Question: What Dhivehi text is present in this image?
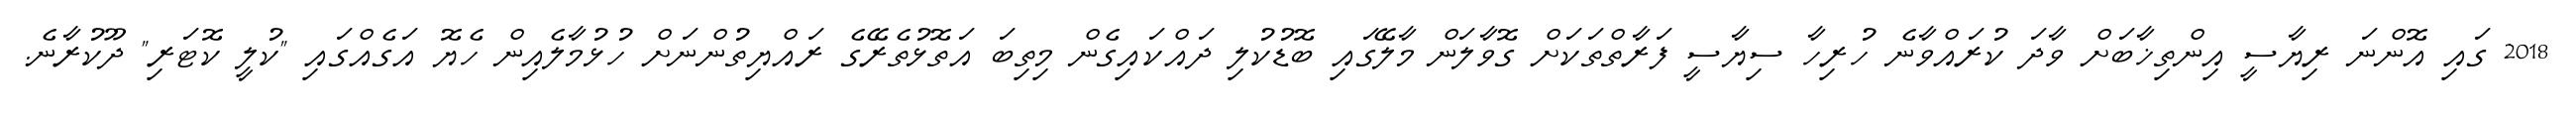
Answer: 2018 ގައި އޮންނަ ރިޔާސީ އިންތިޚާބަށް ވާދަ ކުރައްވާނެ ހުރިހާ ސިޔާސީ ފަރާތްތަކަށް ގޮވާލަން މާލޭގައި ބޮޑުކުލި ދައްކައިގެން މިތިބަ އަތޮޅުތެރޭގެ ރައްޔިތުންނަށް ހުޅުމާލެއިން ހެޔޮ އަގެއްގައި "ކުލީ ކޮޓަރި" ދޫކުރާނެ.